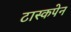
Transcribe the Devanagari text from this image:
टास्कपेन